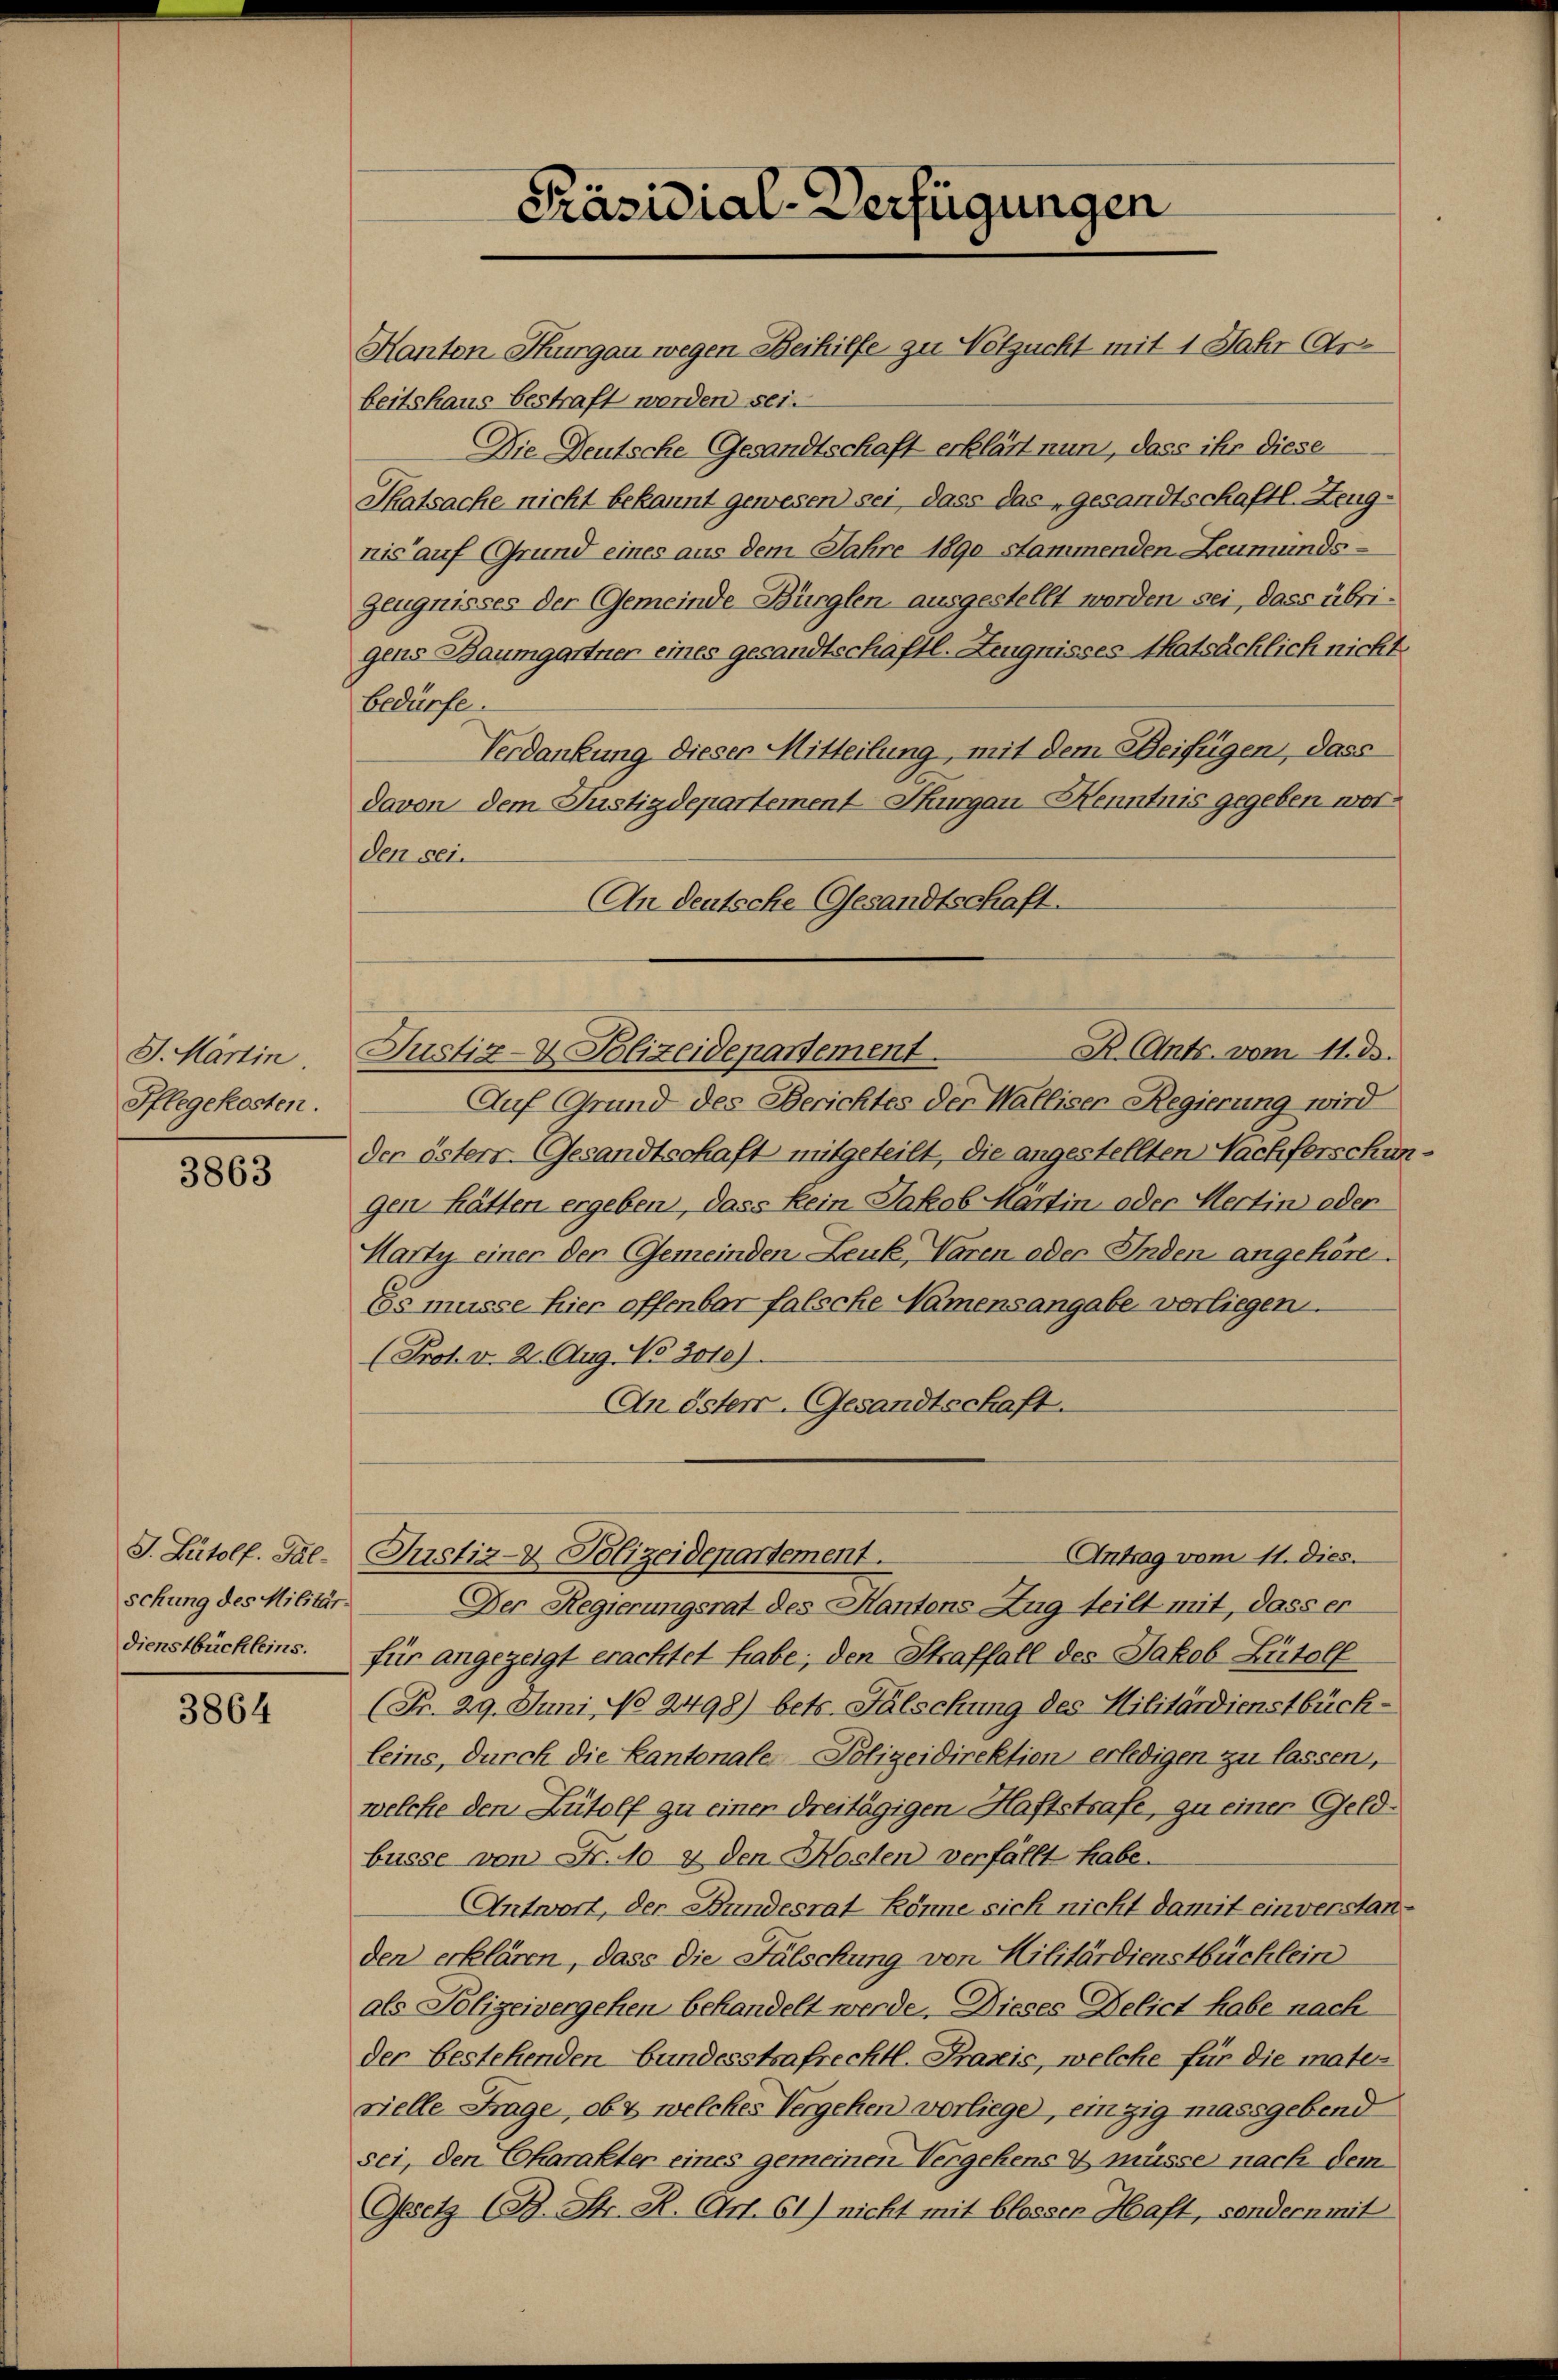
J. Martin
Pflegekosten.

3863

J. Putolf. Galschung des Militärdienstbüchleins.

3864

Kanton Thurgau wegen Beihilfe zu Notzucht mit 1 Jahr Arbeitshaus bestraft worden sei.
Die Deutsche Gesandtschaft erklärt nun, dass ihr diese
Thatsache nicht bekannt gewesen) sei, dass das „gesandtschaftl. Zeugnis auf Grund eines aus dem Jahre 1890 stammenden Leumunds¬
Zeugnisses der Gemeinde-Bürglen ausgestellt worden sei, dass übrigens Baumgartner eines gesandtschaftl. Zeugnisses thatsächlich nicht.
bedürfe.
Verdankung dieser Mitteilung, mit dem Beifügen, dass
davon dem Justizdepartement Thurgau Kenntnis gegeben worden sei.
An deutsche Gesandtschaft.
Justiz- & Polizeidepartement.
Auf Grund des Berichtes der Walliser-Regierung wird
der östers. Gesandtschaft mitgeteilt, die angestellten Nachferschi
gen hätten ergeben, dass kein Jakob Martin oder Mertin oder
Marty einer der Gemeinden Leuk, Varen oder Inden angehören.
Es müsse hier offenbar falsche Namensangabe vorliegen.
(Prot. v. 2. Aug. No 3010).
An öster. Gesandtschaft.
Antrag vom 11. dies.
Justiz- & Polizeidepartement.
Der Regierungsrat des Kantons Zug teilt mit, dass er
für angezeigt erachtet habe; den Straffall des Jakob Bütolf
(Fr. 29. Juni No 2498) betr. Fälschung des Militärdienstbück-
leins, durch die Kantonale Polizeidirektion erledigen zu lassen,
welche den Rudolf zu einer dreitägigen Haftstrafe, zu einer Geldbüsse von Fr. 10. 4 den Kosten verfällt habe.
Antwort, der Kundesrat könne sich nicht damit einverstanden erklären, dass die Fälschung von Hilitärdienstbüchlein
als Polizeivergehen behandelt werde. Dieses Delict habe nach
der bestehenden bundesstrafrechtl. Praxis, welche für die mate-
vielle Frage, ob & welches Vergehen vorliege, einzig massgebend
sei, den Charakter eines gemeinen Vergehens & müsse nach dem
Gesetz (B. Str. R. Art. 61) nicht mit blosser Haft, sondern mit

Präsidial-Verfügungen

B. (Ants. vom 11. ds.